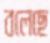
বলেছে